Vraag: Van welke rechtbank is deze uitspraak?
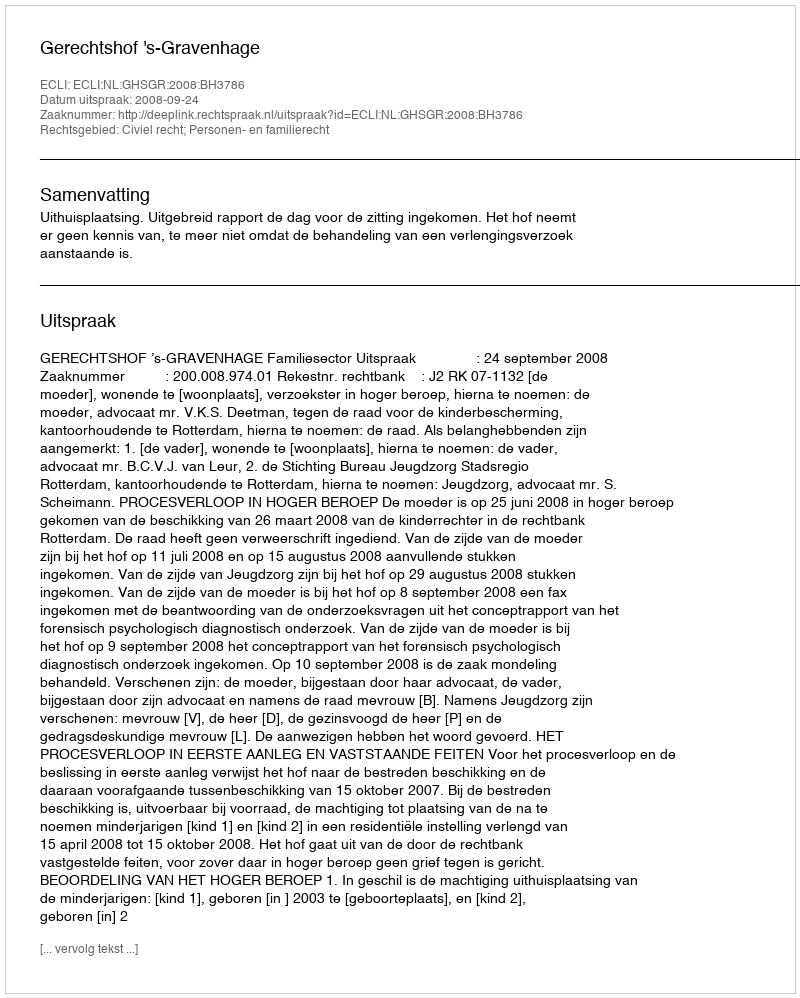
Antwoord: Gerechtshof 's-Gravenhage